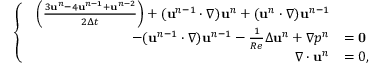
\begin{array} { r } { \left\{ \begin{array} { l l } { \begin{array} { r l } { \left( \frac { 3 \mathbf { u } ^ { n } - 4 \mathbf { u } ^ { n - 1 } + \mathbf { u } ^ { n - 2 } } { 2 \Delta t } \right) + ( \mathbf { u } ^ { n - 1 } \cdot \nabla ) \mathbf { u } ^ { n } + ( \mathbf { u } ^ { n } \cdot \nabla ) \mathbf { u } ^ { n - 1 } } & \\ { - ( \mathbf { u } ^ { n - 1 } \cdot \nabla ) \mathbf { u } ^ { n - 1 } - \frac { 1 } { R e } \Delta \mathbf { u } ^ { n } + \nabla p ^ { n } } & { = \bf { 0 } } \\ { \nabla \cdot \mathbf { u } ^ { n } } & { = 0 , } \end{array} } \end{array} \right. } \end{array}